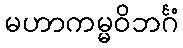
မဟာကမ္မဝိဘင်္ဂံ